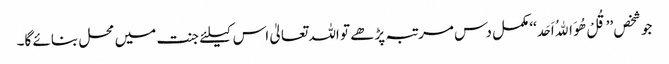
جو شخص ’’قُلْ ھُوَ اﷲُ اَحَد‘‘ مکمل دس مرتبہ پڑھے تو اللہ تعالیٰ اس کیلئے جنت میں محل بنائے گا۔